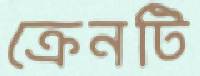
ক্রেনটি